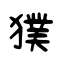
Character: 獛